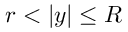
r < | { \boldsymbol { y } } | \le R